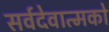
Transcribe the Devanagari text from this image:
सर्वदेवात्मको